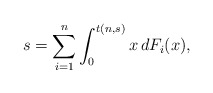
\begin{align*}s=\sum_{i=1}^n \int_0^{t(n,s)} x \, dF_i(x),\end{align*}